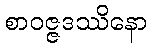
စာဝဇ္ဇဒဿိနော